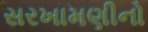
સરખામણીનો